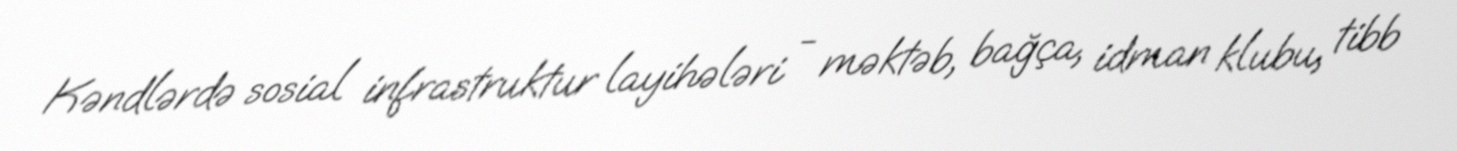
Kəndlərdə sosial infrastruktur layihələri - məktəb, bağça, idman klubu, tibb